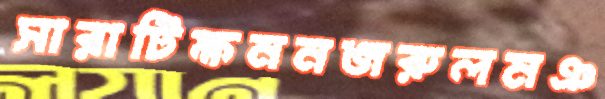
সারাটিক্ষননজরুলমঞ